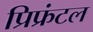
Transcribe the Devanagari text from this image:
प्रिफ्रंटल